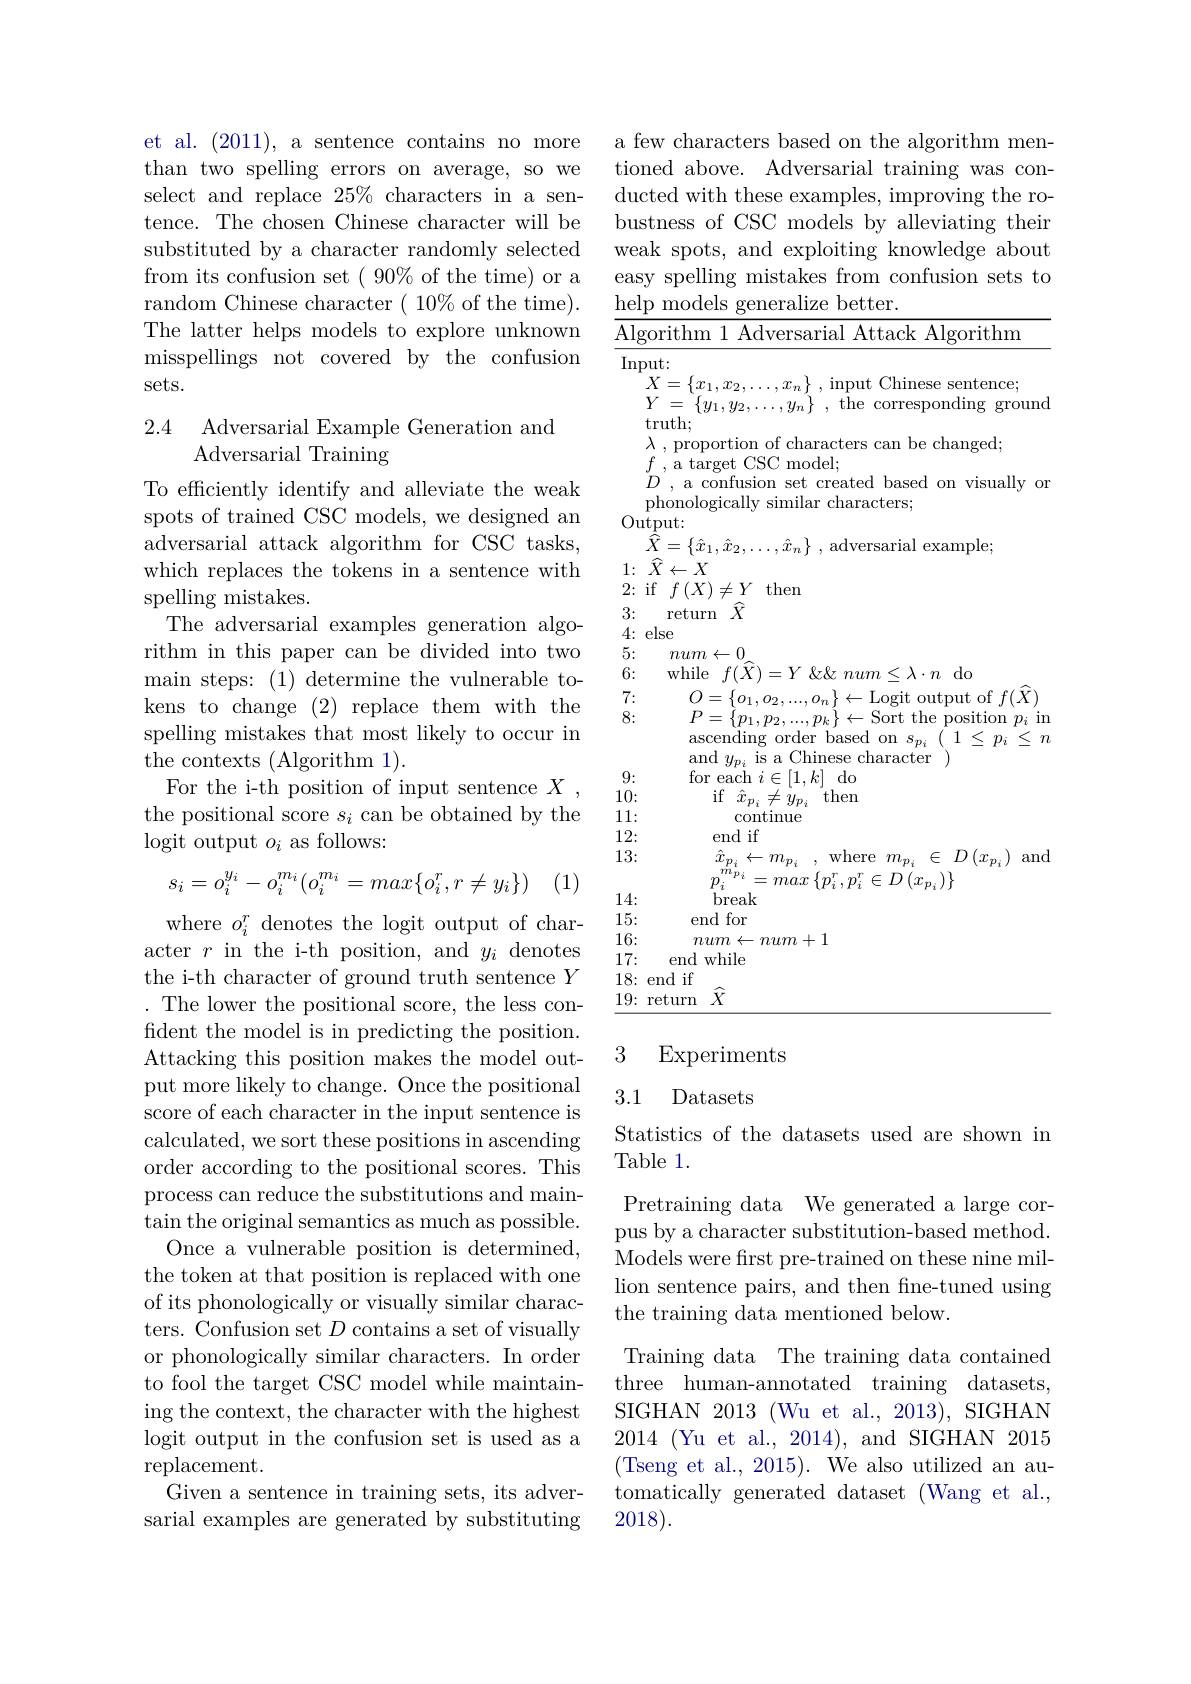
et al. (2011), a sentence contains no more than two spelling errors on average, so we select and replace $25\%$ characters in a sentence. The chosen Chinese character will be substituted by a character randomly selected from its confusion set ( 90% of the time) or a random Chinese character $(10\%$of the time). The latter helps models to explore unknown misspellings not covered by the confusion sets.

## 2.4 Adversarial Example Generation and Adversarial Training

To efficiently identify and alleviate the weak spots of trained CSC models, we designed an adversarial attack algorithm for CSC tasks, which replaces the tokens in a sentence with spelling mistakes.
The adversarial examples generation algorithm in this paper can be divided into two main steps: (1) determine the vulnerable tokens to change (2) replace them with the spelling mistakes that most likely to occur in the contexts (Algorithm 1).
For the i-th position of input sentence $X$ the positional score $s_i$ can be obtained by the logit output $o_i$ as follows:

(1)
$$s_i=o_i^{y_i}-o_i^{m_i}(o_i^{m_i}=max\{o_i^r,r\neq y_i\})$$
where $o_i^{r}$ denotes the logit output of character $r$ in the i-th position, and $y_i$ denotes the i-th character of ground truth sentence $Y$ The lower the positional score, the less confident the model is in predicting the position. Attacking this position makes the model output more likely to change. Once the positional score of each character in the input sentence is calculated, we sort these positions in ascending order according to the positional scores. This process can reduce the substitutions and main- $\tan$the original semantics as much as possible. Once a vulnerable position is determined, the token at that position is replaced with one of its phonologically or visually similar characters. Confusion set $D$ contains a set of visually or phonologically similar characters. In order to fool the target CSC model while maintaining the context, the character with the highest logit output in the confusion set is used as a replacement.
Given a sentence in training sets, its adversarial examples are generated by substituting

a few characters based on the algorithm mentioned above. Adversarial training was conducted with these examples, improving the robustness of CSC models by alleviating their weak spots, and exploiting knowledge about easy spelling mistakes from confusion sets to help models generalize better.
Algorithm 1 Adversarial Attack Algorithm

Input:
$\begin{array}{l}{X=\{x_{1},x_{2},\ldots,x_{n}\}~,~\mathrm{input~Chinese~sentence;}}\\{Y\:=~\{y_{1},y_{2},\ldots,y_{n}\}~,~\mathrm{the~corresponding~ground}}\\{\mathrm{truth;}}\end{array}$
$\begin{array}{l}f\:,\:\text{a target CSC model;}\\D\:,\:\text{a confusion set created based on visually or}\end{array}$
phonologically similar characters;
${\hat{\mathrm{Output:}}}$
$\widehat{X} = \{ \hat{x} _{1}, \hat{x} _{2}, \ldots , \hat{x} _{n}\}$ ,adversarial example;
$1\nobreak {: } $ $\widehat{X} \leftarrow X$
2{:}if$f\left(X\right)\neq Y$then
3{:} return $\widehat{X}$
4{:}else
5:
$num\leftarrow0$
6: while$f(\hat{X})=Y\&\&num\leq\lambda\cdot n$do
7:
$\begin{array}{l}{O=\left\{o_{1},o_{2},\ldots,o_{n}\right\}\leftarrow\mathrm{Logit~output~of~}f(\widehat{X})}\\{P=\left\{p_{1},p_{2},\ldots,p_{k}\right\}\leftarrow\mathrm{Sort~the~position~}p_{i}\mathrm{~in}}\end{array}$
8:
$\begin{array}{l}\text{ascending order based on}s_{p_i}\left(\begin{array}{l}{1\leq p_i\leq n}\\\end{array}\right)\\\mathrm{and~}y_{p_i}\text{ is a Chinese character}\end{array}$
$\begin{array}{l}\mathrm{and~}y_{p_i}\text{ is a Chinese character}\\\mathrm{for~each~}i\in[1,k]\text{ do}\end{array}$
9: 10:
${\mathrm{if}}$ $\hat{x} _{p_i}\neq \dot{y} _{p_i}$ then
11:
continue
12:
end if
13:
$\begin{array}{l}{\hat{x}_{p_{i}}\leftarrow m_{p_{i}}\:,\mathrm{~where~}m_{p_{i}}\in D\left(x_{p_{i}}\right)\mathrm{~and}}\\{n^{m_{p_{i}}}-mar\left\{n^{r}\:n^{r}\in D\left(x_{\cdots}\right)\right\}}\end{array}$
$\begin{array}{l}{p_{i}^{m_{p_{i}}^{*}}=max\left\{p_{i}^{r},p_{i}^{r}\in D\left(x_{p_{i}}\right)\right\}}\\{\mathrm{break}}\end{array}$
14: 15:
end for
16:
$num\leftarrow num+1$
17{:} end while
18{:}end if
$\underline{19:\mathrm{~return~}}\hat{X}$
3
Experiments
3.1 Datasets
Statistics of the datasets used are shown in

Table 1.

Pretraining data We generated a large corpus by a character substitution-based method. Models were first pre-trained on these nine million sentence pairs, and then fne-tuned using the training data mentioned below.
Training data The training data contained three human-annotated training datasets, SIGHAN 2013 (Wu et al., 2013), SIGHAN 2014 (Yu et al., 2014), and SIGHAN 2015 (Tseng et al., 2015). We also utilized an automatically generated dataset (Wang et al., 2018).